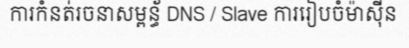
ការកំនត់រចនាសម្ពន្ធ័ DNS / Slave ការរៀបចំម៉ាស៊ីន